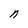
Character: n